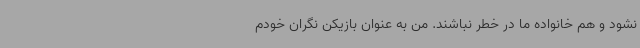
نشود و هم خانواده ما در خطر نباشند. من به عنوان بازیکن نگران خودم